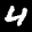
Label: 4